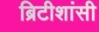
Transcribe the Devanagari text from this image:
ब्रिटीशांसी